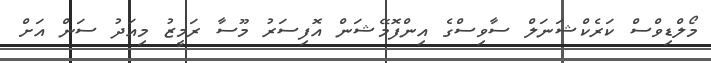
މޯލްޑިވްސް ކަރެކްޝަނަލް ސާވިސްގެ އިންފޮމޭޝަން އޮފިސަރު މޫސާ ރަމީޒު މިއަދު ސަން އަށް